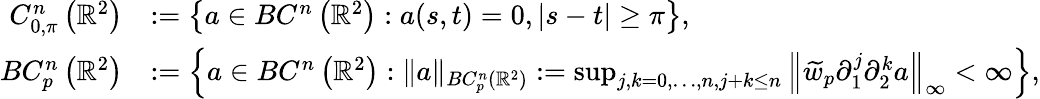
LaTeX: \begin{array}{rl}{C_{0,\pi}^{n}\left(\mathbb{R}^{2}\right)}&{:=\left\{ a\in BC^{n}\left(\mathbb{R}^{2}\right):a(s,t)=0,|s-t|\geq\pi\right\} ,}\\ {BC_{p}^{n}\left(\mathbb{R}^{2}\right)}&{:=\left\{ a\in BC^{n}\left(\mathbb{R}^{2}\right):\| a\| _{BC_{p}^{n}\left(\mathbb{R}^{2}\right)}:=\operatorname*{sup}_{j,k=0,\ldots,n,j+k\leq n}\left\| \widetilde{w}_{p}\partial_{1}^{j}\partial_{2}^{k}a\right\| _{\infty}<\infty\right\} ,}\end{array}